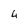
Character: 4